Report on vaccination in the Province of Bengal - 1874-1889
Year: 1874
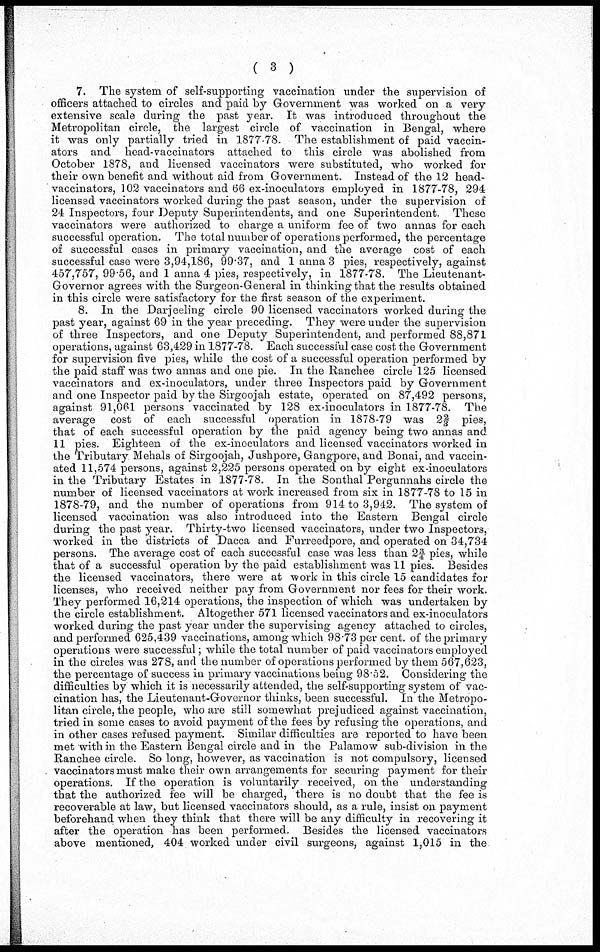
( 3 )
7. The system of self-supporting vaccination under the supervision of
officers attached to circles and paid by Government was worked on a very
extensive scale during the past year. It was introduced throughout the
Metropolitan circle, the largest circle of vaccination in Bengal, where
it was only partially tried in 1877-78. The establishment of paid vaccin
ators and head-vaccinators attached to this circle was abolished from
October 1878, and licensed vaccinators were substituted, who worked for
their own benefit and without aid from Government. Instead of the 12 head¬
vaccinators, 102 vaccinators and 66 ex-inoculators employed in 1877-78, 294
licensed vaccinators worked during the past season, under the supervision of
24 Inspectors, four Deputy Superintendents, and one Superintendent. These
vaccinators were authorized to charge a uniform fee of two annas for each
successful operation. The total number of operations performed, the percentage
of successful cases in primary vaccination, and the average cost of each
successful case were 3,94,186, 99.37, and 1 anna 3 pies, respectively, against
457,757, 99.56, and 1 anna 4 pies, respectively, in 1877-78. The Lieutenant-
Governor agrees with the Surgeon-General in thinking that the results obtained
in this circle were satisfactory for the first season of the experiment.
8. In the Darjeeling circle 90 licensed vaccinators worked during the
past year, against 69 in the year preceding. They were under the supervision
of three Inspectors, and one Deputy Superintendent, and performed 88,871
operations, against 63,429 in 1877-78. Each successful case cost the Government
for supervision five pies, while the cost of a successful operation performed by
the paid staff was two annas and one pie. In the Ranchee circle 125 licensed
vaccinators and ex-inoculators, under three Inspectors paid by Government
and one Inspector paid by the Sirgoojah estate, operated on 87,492 persons,
against 91,061 persons vaccinated by 128 ex-inoculators in 1877-78. The
average cost of each successful operation in 1878-79 was 2⅔ pies,
that of each successful operation by the paid agency being two annas and
11 pies. Eighteen of the ex-inoculators and licensed vaccinators worked in
the Tributary Mehals of Sirgoojah, Jushpore, Gangpore, and Bonai, and vaccin
ated 11,574 persons, against 2,225 persons operated on by eight ex-inoculators
in the Tributary Estates in 1877-78. In the Sonthal Pergunnahs circle the
number of licensed vaccinators at work increased from six in 1877-78 to 15 in
1878-79, and the number of operations from 914 to 3,942. The system of
licensed vaccination was also introduced into the Eastern Bengal circle
during the past year. Thirty-two licensed vaccinators, under two Inspectors,
worked in the districts of Dacca and Furreedpore, and operated on 34,734
persons. The average cost of each successful case was less than 2¾ pies, while
that of a successful operation by the paid establishment was 11 pies. Besides
the licensed vaccinators, there were at work in this circle 15 candidates for
licenses, who received neither pay from Government nor fees for their work.
They performed 16,214 operations, the inspection of which was undertaken by
the circle establishment. Altogether 571 licensed vaccinators and ex-inoculators
worked during the past year under the supervising agency attached to circles,
and performed 625,439 vaccinations, among which 98.73 per cent. of the primary
operations were successful; while the total number of paid vaccinators employed
in the circles was 278, and the number of operations performed by them 567,623,
the percentage of success in primary vaccinations being 98.52. Considering the
difficulties by which it is necessarily attended, the self-supporting system of vac
cination has, the Lieutenant-Governor thinks, been successful. In the Metropo
litan circle, the people, who are still somewhat prejudiced against vaccination,
tried in some cases to avoid payment of the fees by refusing the operations, and
in other cases refused payment. Similar difficulties are reported to have been
met with in the Eastern Bengal circle and in the Palamow sub-division in the
Ranchee circle. So long, however, as vaccination is not compulsory, licensed
vaccinators must make their own arrangements for securing payment for their
operations. If the operation is voluntarily received, on the understanding
that the authorized fee will be charged, there is no doubt that the fee is
recoverable at law, but licensed vaccinators should, as a rule, insist on payment
beforehand when they think that there will be any difficulty in recovering it
after the operation has been performed. Besides the licensed vaccinators
above mentioned, 404 worked under civil surgeons, against 1,015 in the